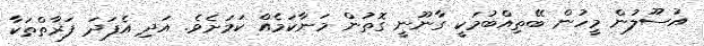
އުސޫލުން މީހުން ބޭތިއްބުމަކީ ގާނޫނީ ގޮތުން މަނާކަމެއް ކަމަށެވެ. އަދި އެފަދަ ފަރާތްތަކާ